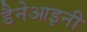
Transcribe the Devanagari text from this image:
डैनेआइनी